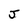
Character: J